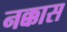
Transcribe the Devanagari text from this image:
नक्कास